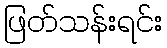
ဖြတ်သန်းရင်း